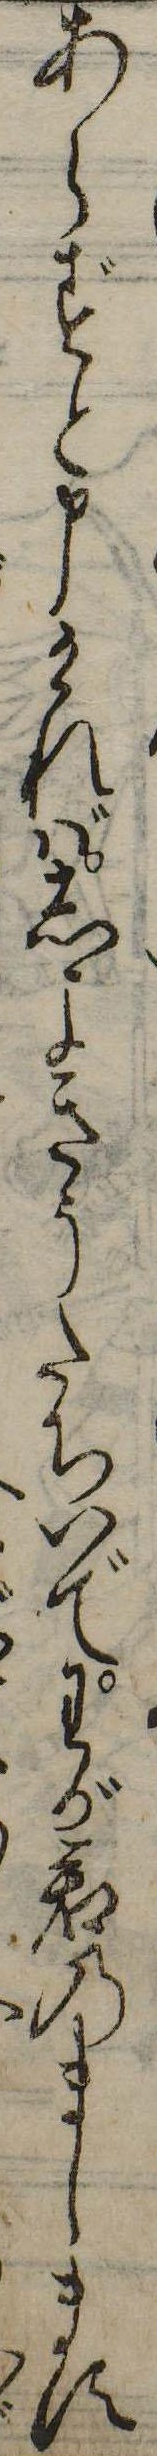
あらずと申ければしよきうたちいでわが君のまします